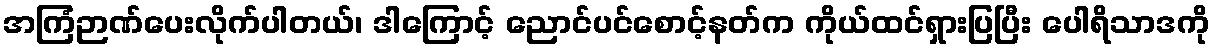
အကြံဉာဏ်ပေးလိုက်ပါတယ်၊ ဒါကြောင့် ညောင်ပင်စောင့်နတ်က ကိုယ်ထင်ရှားပြပြီး ပေါရိသာဒကို